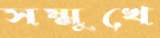
সম্মুখে